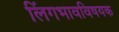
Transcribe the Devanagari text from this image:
लिंगभावविषयक